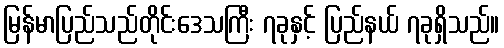
မြန်မာပြည်သည်တိုင်းဒေသကြီး ၇ခုနှင့် ပြည်နယ် ၇ခုရှိသည်။